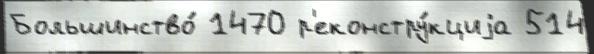
Большинство́ 1470 р'еконстру́кциjа 514